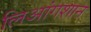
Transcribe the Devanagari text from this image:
लिआंगशान